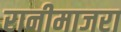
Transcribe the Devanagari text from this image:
रानीमाजरा